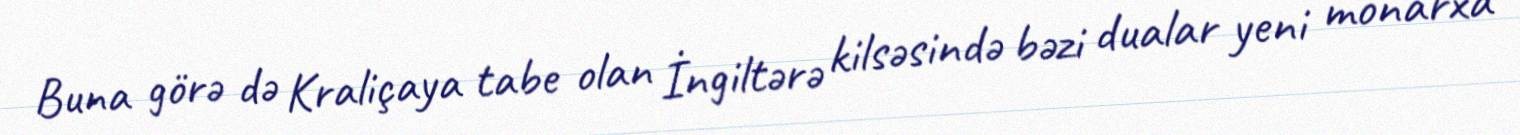
Buna görə də Kraliçaya tabe olan İngiltərə kilsəsində bəzi dualar yeni monarxa